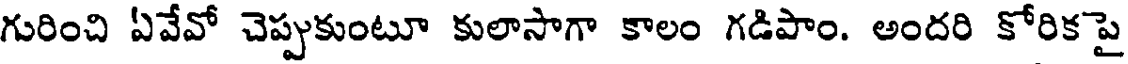
గురించి ఏవేవో చెప్పుకుంటూ కులాసాగా కాలం గడిపాం. అందరి కోరికపై